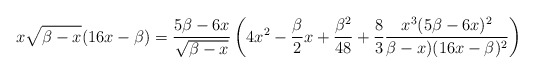
\begin{align*}x\sqrt{\beta -x} (16x-\beta) =\frac{ 5\beta - 6x}{\sqrt{\beta-x}}\left(4x^2 - \frac{\beta}{2}x +\frac{\beta^2}{48} +\frac{8}{3}\frac{x^3 (5\beta -6x)^2}{\beta-x)(16x-\beta)^2}\right)\end{align*}